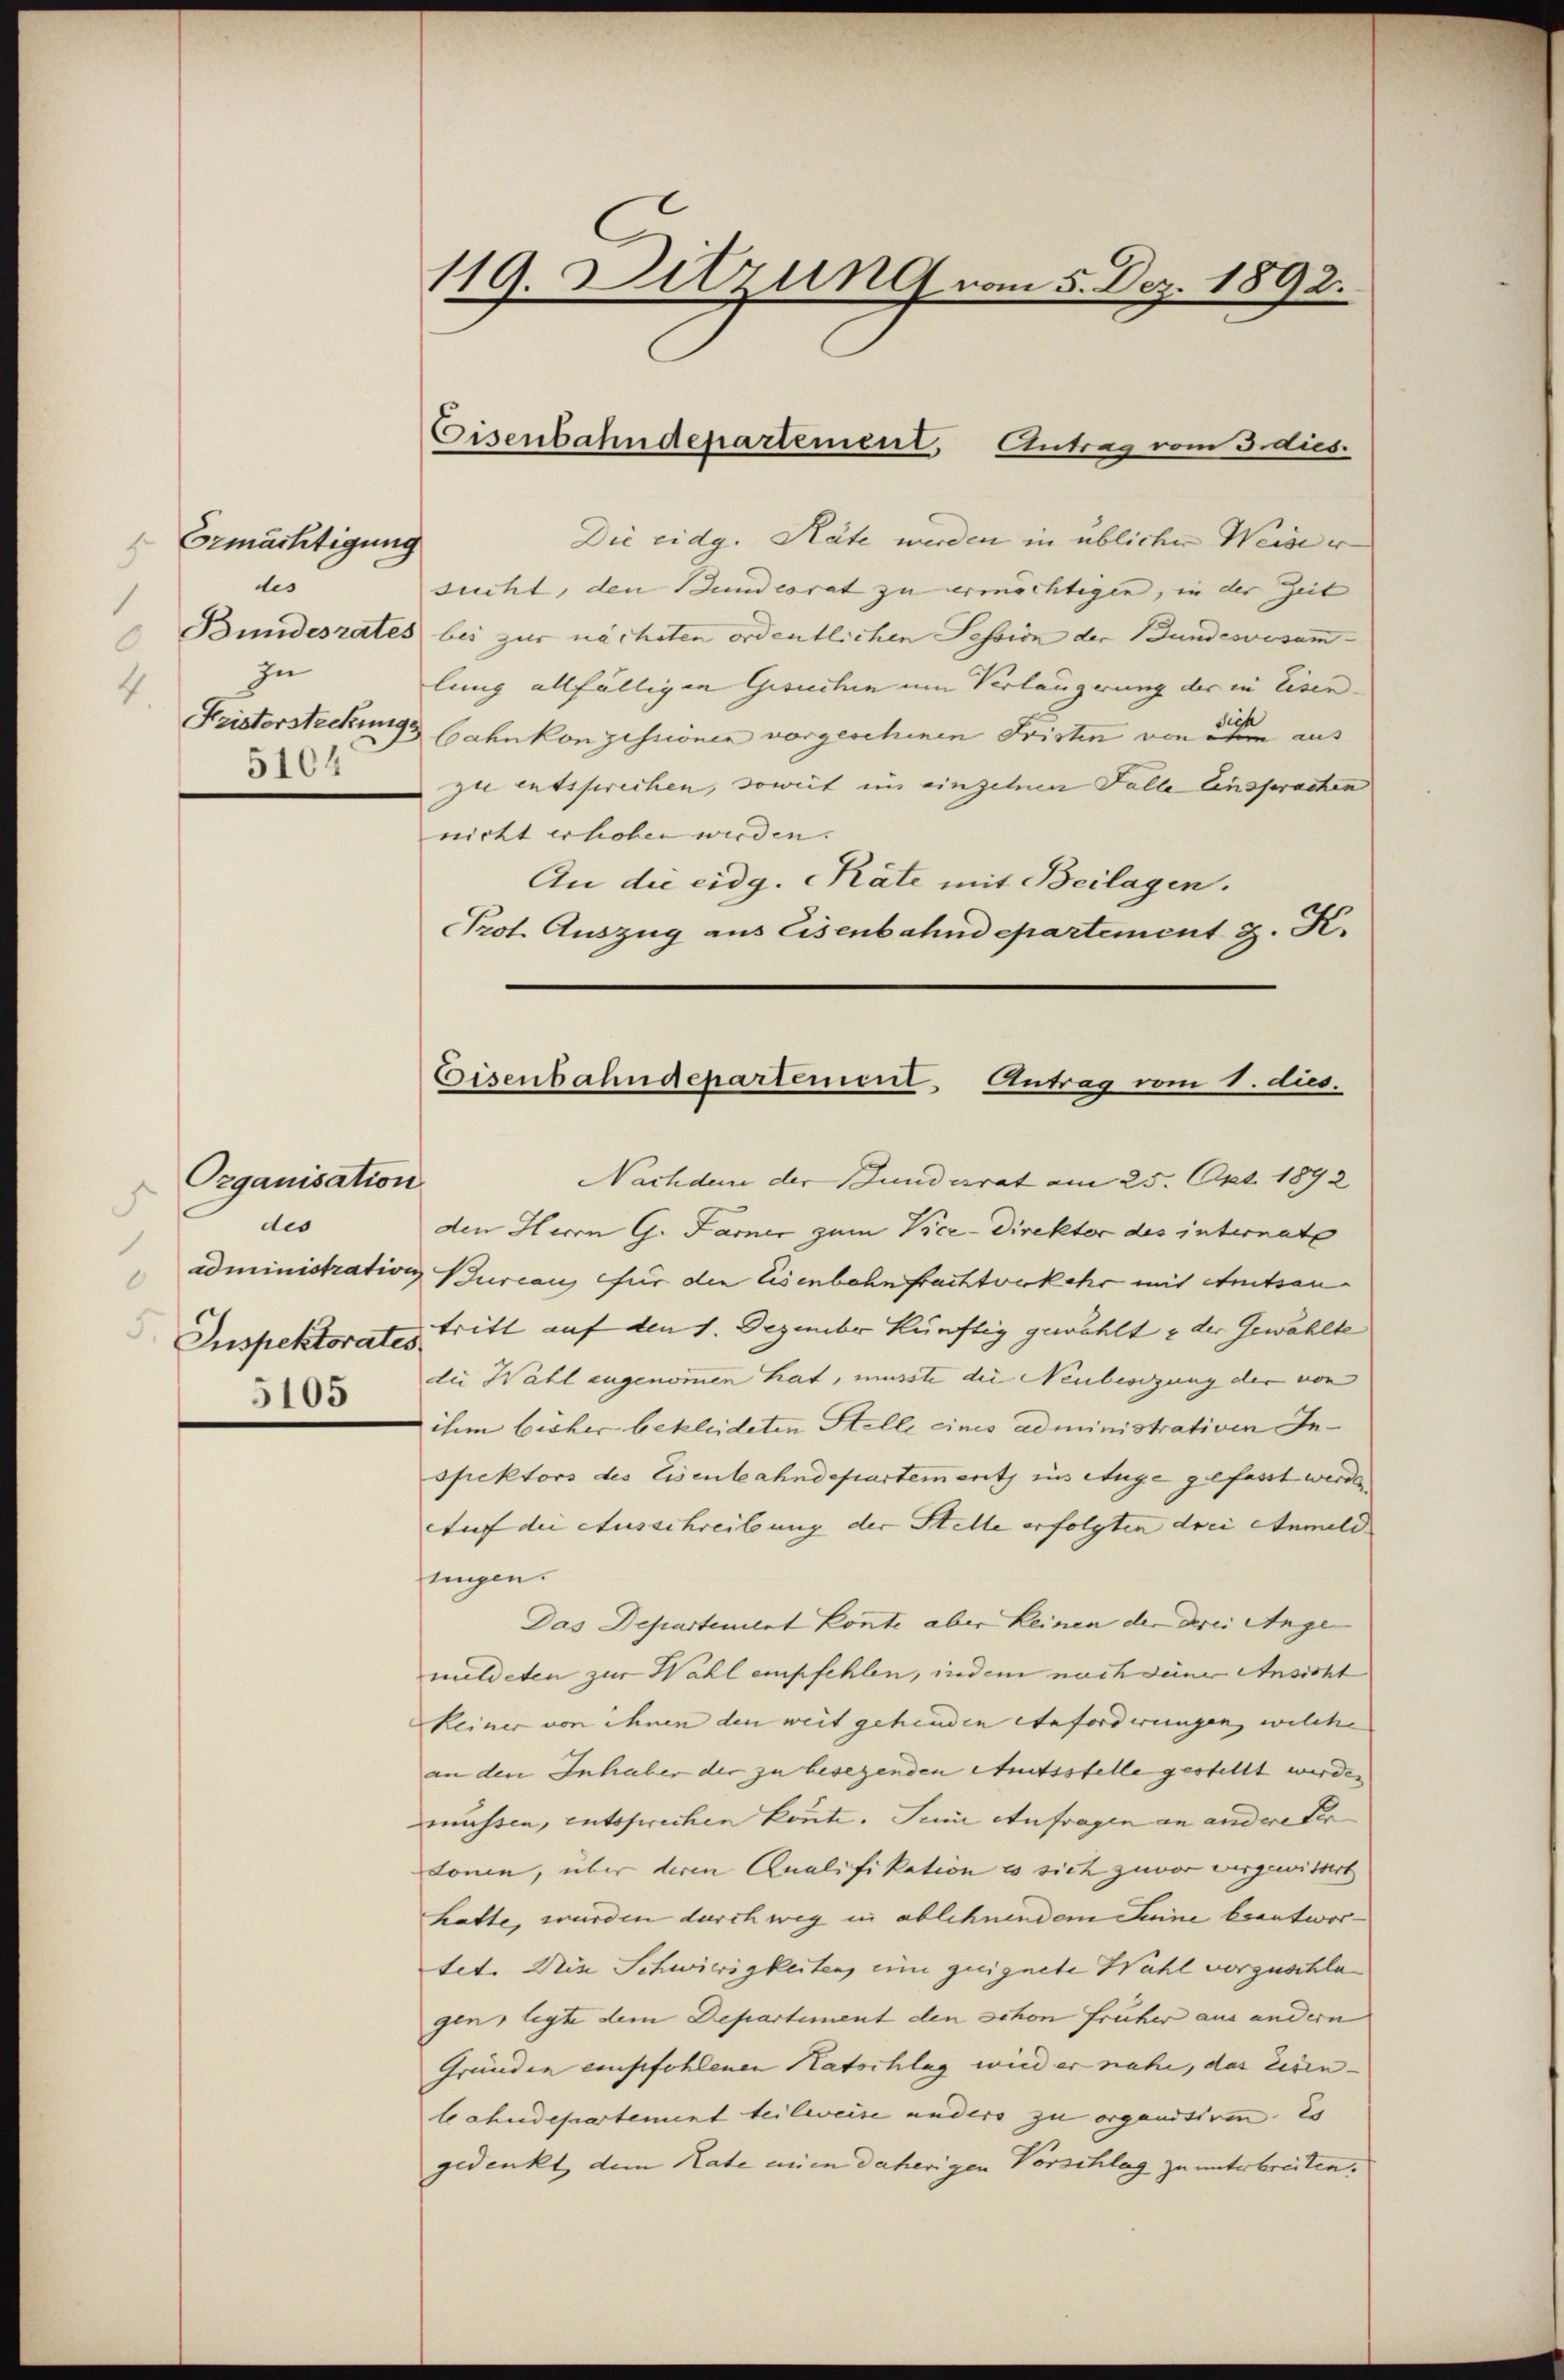
Ermächtigung
.
des
1
zu
4.
5104

Organisation
s
dis
3
.
Inspektorates
5105

119. Ditzung vom 5. Dez. 1892.

Die eidg. Räte werden in übliche Weider
sucht, den Stundesrat zu ermächtigen, in der Zeit
Bundesrates bei zur nächsten ordentlichen Session der Bundesversamlung allfälligen Gesuchen um Verlängerung der in Eisen- |
Kristorsteckungs bahnkonzessionen vorgeschenen Fristen von der aus
zu entsprechen, soweit im einzelnen Falle Einsprachen
nicht erhoben werden.
An die eidg. Räte mit Beilagen.
Prot. Auszug aus Eisenbahndepartement z. K.

Eisenbahndepartement, Antrag vom 3. dies

Eisenbahndepartement. Antrag vom 1. dus.

Nachdem der Bundesrat am 25. Apt. 1892
den Herrn G. Farner zum Vice-Direktor des internate
administration Bureau für die Eisenbahn frachtverkehr mit Amtsantritt auf den 1. Dezember künftig gewählt & der Gewählte
die Wahl angenommen hat, musste die Neubesizung der von
ihm bisher bekleideten Stelle eines administrativen Inspektors des Eisenbahndepartements ins Auge gefasst werden
Auf die Ausschreibung der Stelle erfolgten drei Anmeld
nngen.
Das Departement konnte aber keinen der derei Ange- |
meldeten zur Wahl empfehlen, indem nach deine Ansicht
keiner von ihnen den weit gehenden erforderungen, welche
an den Inhaber der zu besezenden Amtsstelle gestellt werden
enüssen, entsprechen könnte. Junii anfragen an andere der
donin, über deren Qualifikation es sich zuvor vergewissert
hatte, wurden durch weg in ablehnendem Seine beantwortet. Die Schwierigkeiten, um zueignete Wahl vorgeschlagen, legte dem Departement den schon früher aus andern
Gründen empfohlenen Ratschlag wird er nahe, das Eisen- |
bahndepartement teilweise anders zu organisiren. Es
gedenkt dem Rate einen daherigen Vorschlag zu unterbreiten.